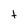
Character: t